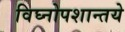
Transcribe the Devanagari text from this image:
विघ्नोपशान्तये